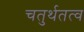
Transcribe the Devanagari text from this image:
चतुर्थतत्व